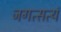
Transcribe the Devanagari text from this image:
जगत्सत्यं